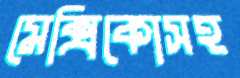
মেক্সিকোসহ